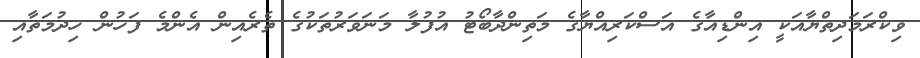
ވިކްރަމަދިތްޔާއަކީ އިންޑިއާގެ އަސްކަރިއްޔާގެ މަތިންދާބޯޓު އުފުލާ މަނަވަރުތަކުގެ ތެރެއިން އެންމެ ފަހުން ހިދުމަތާއި